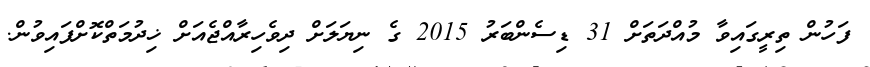
ފަހުން ތިރީގައިވާ މުއްދަތަށް 31 ޑިސެންބަރު 2015 ގެ ނިޔަލަށް ދިވެހިރާއްޖެއަށް ޚިދުމަތްކޮށްފައިވުން.